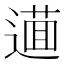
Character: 𨖘